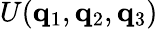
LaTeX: U(\mathbf{q}_{1},\mathbf{q}_{2},\mathbf{q}_{3})